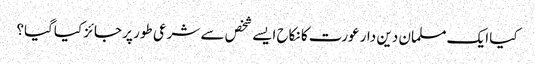
کیا ایک مسلمان دین دار عورت کا نکاح ایسے شخص سے شرعی طور پر جائز کیاگیا؟